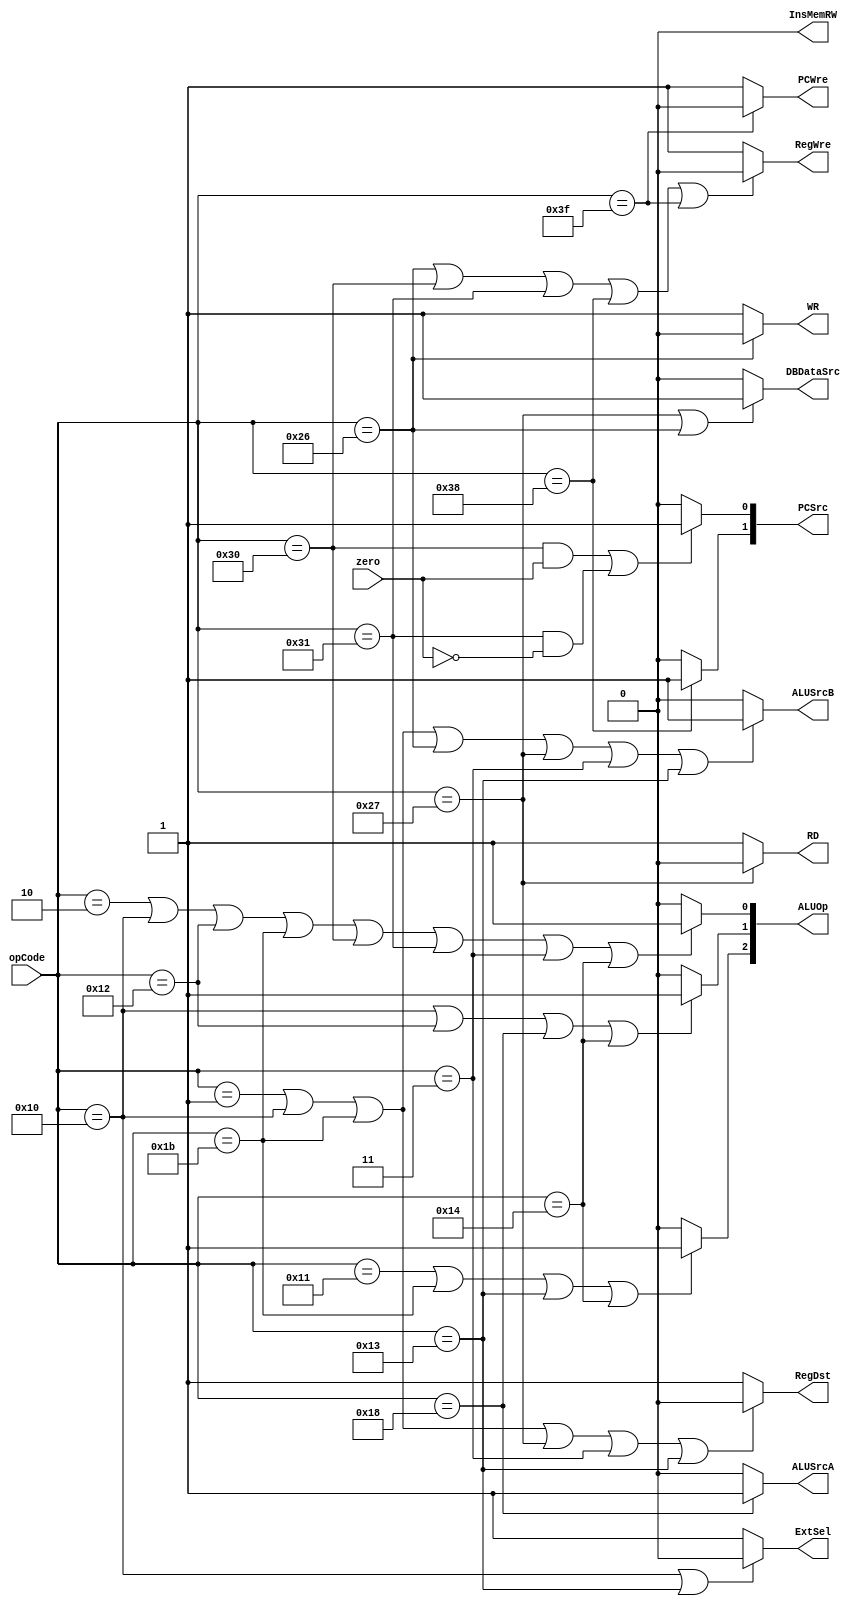
`timescale 1ns / 1ps
//////////////////////////////////////////////////////////////////////////////////
// Company: 
// Engineer: 
// 
// Design Name: 
// Module Name: ControlUnit
// Project Name: 
// Target Devices: 
// Tool Versions: 
// Description: 
// 
// Dependencies: 
// 
// Revision:
// Revision 0.01 - File Created
// Additional Comments:
// 
//////////////////////////////////////////////////////////////////////////////////


module ControlUnit(
    input [5:0] opCode,
    input zero,
    output PCWre,
    output ALUSrcA,
    output ALUSrcB,
    output DBDataSrc,
    output RegWre,
    output InsMemRW,
    output RD,
    output WR,
    output ExtSel,
    output RegDst,
    output [1:0] PCSrc,
    output [2:0] ALUOp
    );
    assign PCWre = (opCode == 6'b111111) ? 0 : 1;
    assign ALUSrcA = (opCode == 6'b011000) ? 1 : 0;
    assign ALUSrcB = (opCode == 6'b000001 || opCode == 6'b010000 || opCode == 6'b011011 || opCode == 6'b100110 || opCode == 6'b100111 || opCode == 6'b000011 || opCode == 6'b010011) ? 1 : 0;
    assign DBDataSrc = (opCode == 6'b100111 || opCode ==6'b100110) ? 1 : 0;
    assign RegWre = (opCode == 6'b100110 || opCode == 6'b110000 || opCode == 6'b110001 || opCode == 6'b111000 || opCode == 6'b111111) ? 0 : 1;
    assign InsMemRW = 0;
    assign RD = (opCode == 6'b100111) ? 0 : 1;
    assign WR = (opCode == 6'b100110) ? 0 : 1;
    assign RegDst = (opCode == 6'b000001 || opCode == 6'b010000 || opCode == 6'b011011 || opCode == 6'b100111 || opCode == 6'b000011 || opCode == 6'b010011) ? 0 : 1;
    assign ExtSel = (opCode == 6'b010000 || opCode == 6'b010011) ? 0 : 1;
    assign PCSrc[1] = (opCode == 6'b111000) ? 1: 0;
    assign PCSrc[0] = (opCode == 6'b110000 && zero == 1|| opCode == 6'b110001 && zero == 0) ? 1 : 0;
    assign ALUOp[2] = (opCode == 6'b010001 || opCode == 6'b011011 || opCode == 6'b010011 || opCode == 6'b010100) ? 1 : 0;
    assign ALUOp[1] = (opCode == 6'b010000 || opCode == 6'b010010 || opCode == 6'b011000 || opCode == 6'b010100) ? 1 : 0;
    assign ALUOp[0] = (opCode == 6'b000010 || opCode == 6'b010000 || opCode == 6'b010010 || opCode == 6'b011011 || opCode == 6'b110000 || opCode == 6'b110001 || opCode == 6'b000011 || opCode == 6'b010100) ? 1 : 0;
endmodule